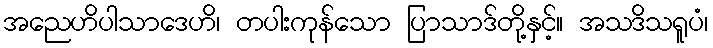
အညေဟိပါသာဒေဟိ၊ တပါးကုန်သော ပြာသာဒ်တို့နှင့်။ အသဒိသရူပံ၊